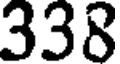
338